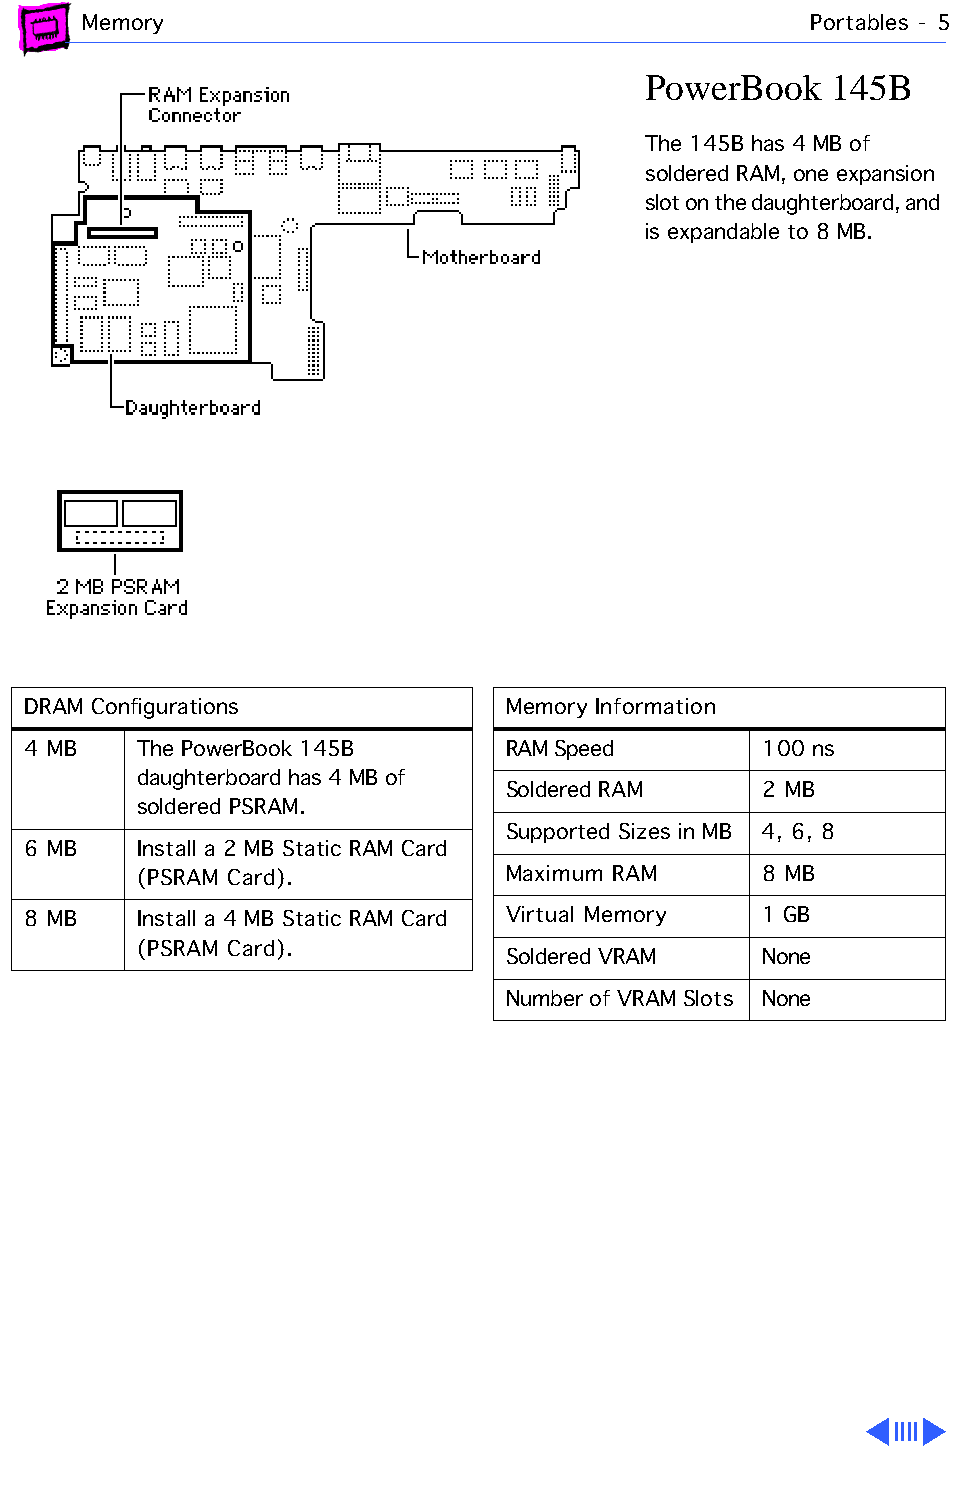
Memory                                          Portables - 5
 PowerBook    145B
 The 145B has 4 MB of
 soldered RAM, one expansion
 slot on the daughterboard, and
 is expandable to 8 MB.
 DRAM Configurations             Memory Information
 4 MB    The PowerBook 145B      RAM Speed        100 ns
 daughterboard has 4 MB of
 Soldered RAM     2 MB
 soldered PSRAM.
 Supported Sizes in MB 4, 6, 8
 6 MB    Install a 2 MB Static RAM Card
 (PSRAM Card).           Maximum RAM      8 MB
 8 MB    Install a 4 MB Static RAM Card Virtual Memory 1 GB
 (PSRAM Card).
 Soldered VRAM    None
 Number of VRAM Slots None